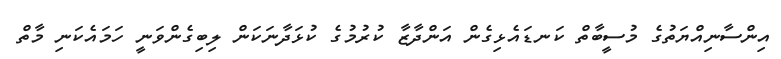
އިންސާނިއްޔަތުގެ މުސީބާތް ކަނޑައެޅިގެން އަންދާޒާ ކުރުމުގެ ކުޅަދާނަކަން ލިބިގެންވަނީ ހަމައެކަނި މާތް